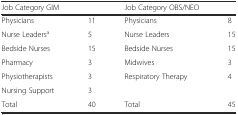
<table><thead><tr><td><b>Job Category GIM</b></td><td></td><td><b>Job Category OBS/NEO</b></td><td></td></tr></thead><tbody><tr><td>Physicians</td><td>11</td><td>Physicians</td><td>8</td></tr><tr><td>Nurse Leaders<sup>a</sup></td><td>5</td><td>Nurse Leaders</td><td>15</td></tr><tr><td>Bedside Nurses</td><td>15</td><td>Bedside Nurses</td><td>15</td></tr><tr><td>Pharmacy</td><td>3</td><td>Midwives</td><td>3</td></tr><tr><td>Physiotherapists</td><td>3</td><td>Respiratory Therapy</td><td>4</td></tr><tr><td>Nursing Support</td><td>3</td><td></td><td></td></tr><tr><td>Total</td><td>40</td><td>Total</td><td>45</td></tr></tbody></table>